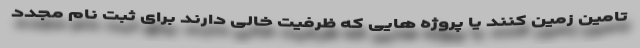
تامین زمین کنند یا پروژه هایی که ظرفیت خالی دارند برای ثبت نام مجدد